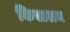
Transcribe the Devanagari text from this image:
किस्टलन